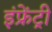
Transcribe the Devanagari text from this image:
इंफ्रेंट्री